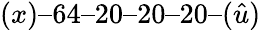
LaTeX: (x)–64–20–20–20–(\hat{u})